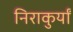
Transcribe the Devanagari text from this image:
निराकुर्यां